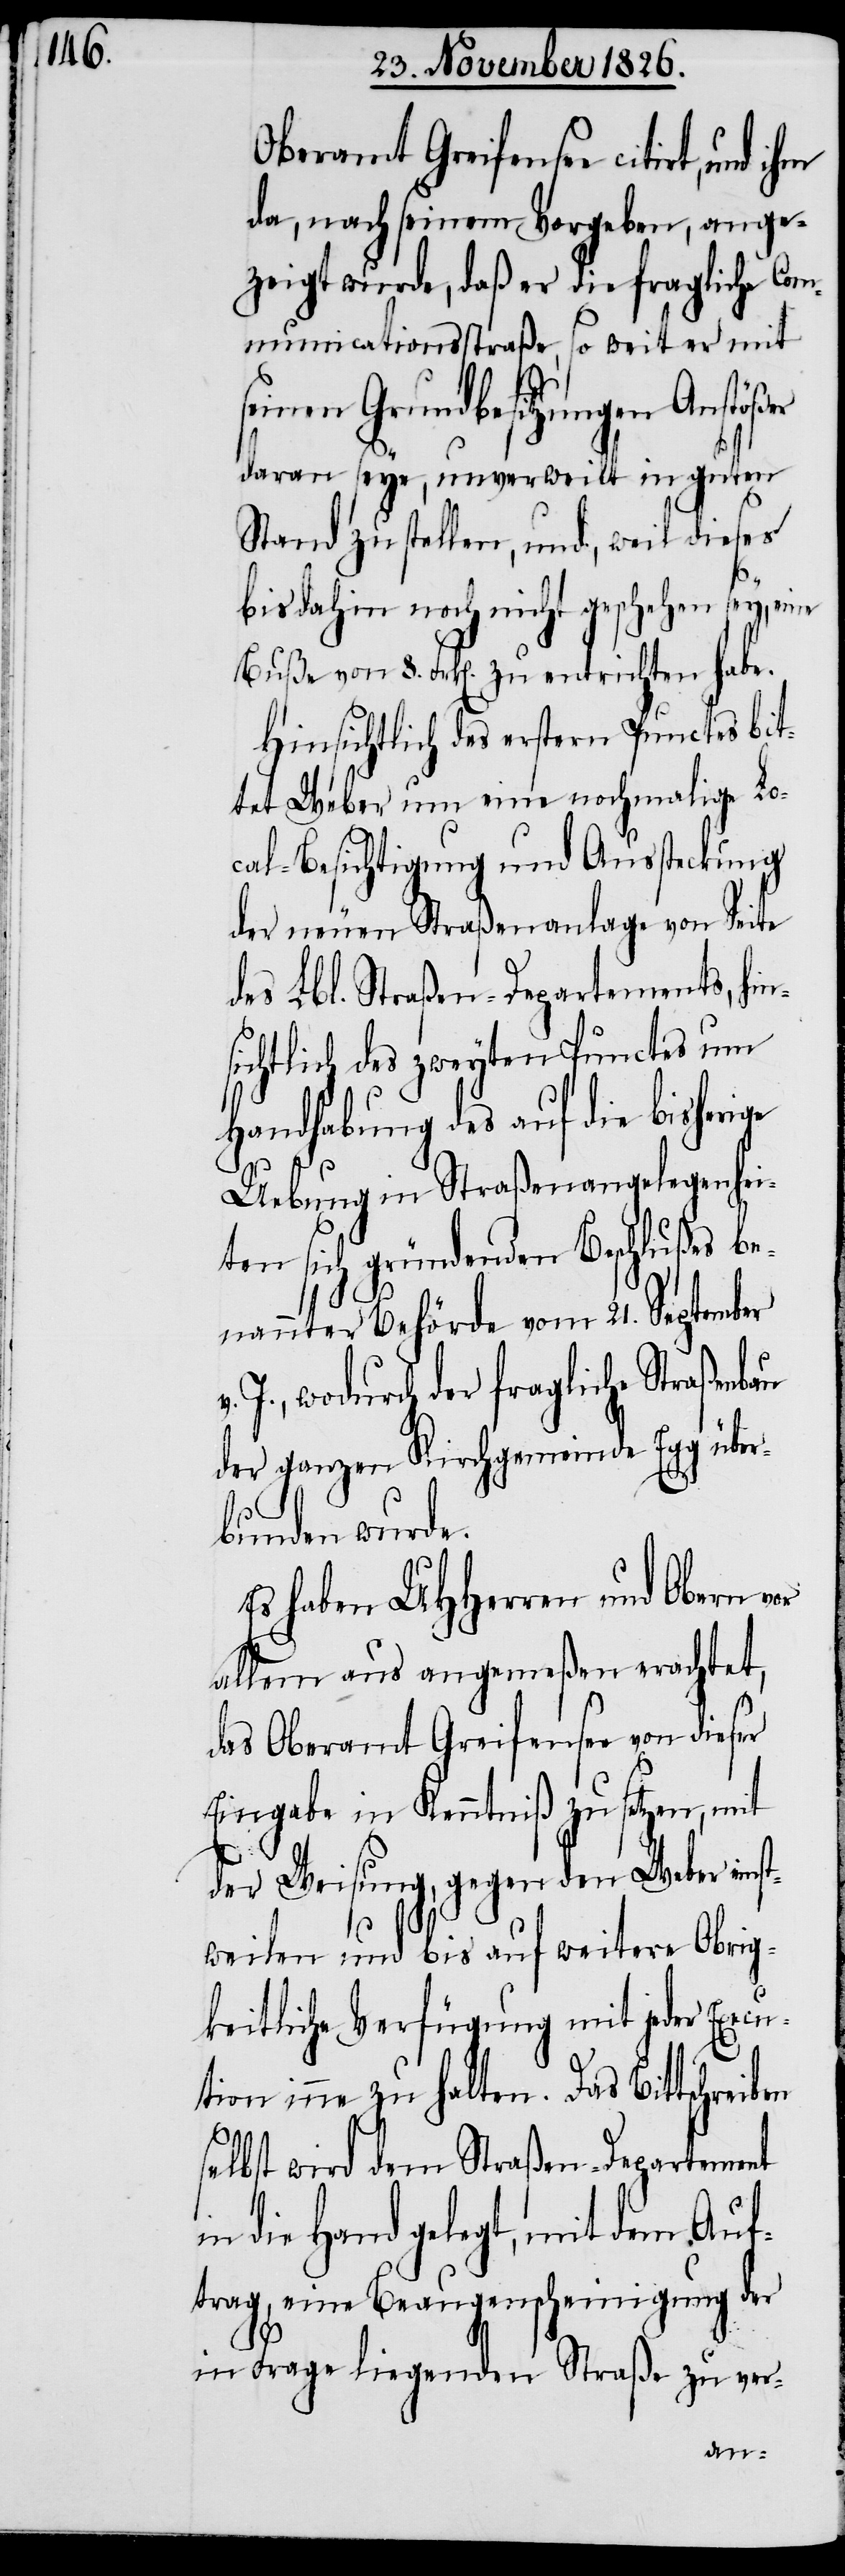
Oberamt Greifensee citirt, und
da, nach seinem Vorgeben, ange¬
zeigt wurde, daß er die fragliche Co¬
mmunicationsstraße, so weit er mit
Grundbesitzungen
daran seye, unverweilt in guten
Stand zu stellen, und, weil dieses
bis dahin noch nicht geschehen sey, eine
Buße von 8. Frk[en]. zu entrichten habe.
Hinsichtlich des erstern Punctes bit¬
tet Weber um eine nochmalige Lo¬
cal-Besichtigung und Aussteckung
der neuen Straßenanlage von Seite
des Lbl. Straßen-Departements, hin¬
sichtlich des zweyten Punctes um
Handhabung des auf die bisherige
Uebung in Straßenangelegenhei¬
ten sich gründenden Beschlußes be¬
nannter Behörde vom 21. September
J., wodurch der fragliche Straßenbau
der ganzen Kirchgemeinde Egg über¬
bunden wurde.
Es haben UHHerren und Obern vor
allem aus angemeßen erachtet,
das Oberamt Greifensee von dieser
Eingabe in Kenntniß zu setzen, mit
der Weisung, gegen den Weber eins¬
tweilen und bis auf weitere Obrig¬
keitliche Verfügung mit jeder Execu¬
tion inne zu halten. Das Bittschreiben
selbst wird dem Straßen-Departement
die Hand gelegt, mit dem Auf¬
trag, eine Beaugenscheinigung der
in Frage liegenden Straße zu ver-